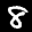
Label: 8